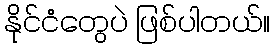
နိုင်ငံတွေပဲ ဖြစ်ပါတယ်။